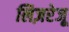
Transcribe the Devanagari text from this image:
लिज़रेजू